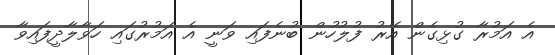
އެ އަމުރާ ގުޅިގެން އޭރު ފުލުހުން ބުނެފައި ވަނީ އެ އަމުރުގައި ހަވާލާދީފައިވާ